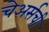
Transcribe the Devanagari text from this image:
चेअर्सची